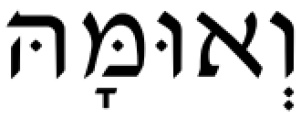
וְאוּמָּהּ